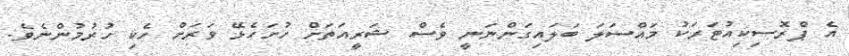
އެ ޕްރޮސިކިއުޓަރަކު މައްސަލަ ބަލައިގަންނަނީ ވެސް ޝަރީއަތަށް ހުށަހެޅޭ ވަރަށް ހެކި ހުރުމުންނެވެ.